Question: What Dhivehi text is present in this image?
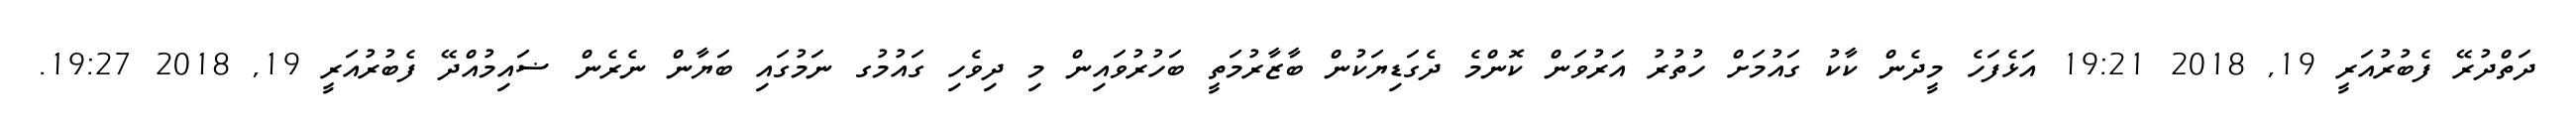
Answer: ދަތްދުރޭ ފެބުރުއަރީ 19, 2018 19:21 އަޅެފަހެ މީދެން ކާކު ގައުމަށް ހުތުރު އަރުވަން ކޮންމެ ދެގަޑިޔަކުން ބާޒާރުމަތީ ބަހުރުވައިން މި ދިވެހި ގައުމުގ ނަމުގައި ބަޔާން ނެރެން ޟައިމުއްދޭ ފެބުރުއަރީ 19, 2018 19:27.